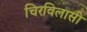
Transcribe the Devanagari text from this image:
चिरविलासी